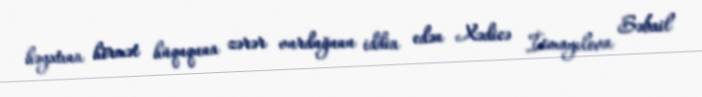
həyatına hörmət hüququna zərər vurduğunu iddia edən Xədicə İsmayılova Səbail